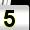
Digit: 5